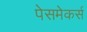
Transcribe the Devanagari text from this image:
पेसमेकर्स